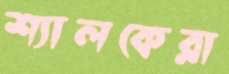
শ্যালকেরা